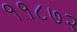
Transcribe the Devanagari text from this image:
११८७२